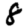
Digit: 8